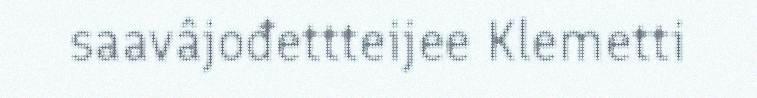
saavâjođettteijee Klemetti